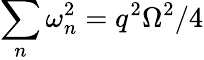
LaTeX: \sum_{n}\omega_{n}^{2}=q^{2}\Omega^{2}/4